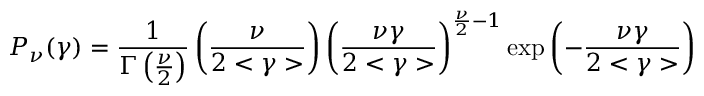
P _ { \nu } ( \gamma ) = \frac { 1 } { \Gamma \left( \frac { \nu } { 2 } \right) } \left( \frac { \nu } { 2 < \gamma > } \right) \left( \frac { \nu \gamma } { 2 < \gamma > } \right) ^ { \frac { \nu } { 2 } - 1 } \exp \left( - \frac { \nu \gamma } { 2 < \gamma > } \right)